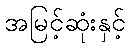
အမြင့်ဆုံးနှင့်